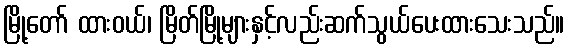
မြို့တော် ထားဝယ်၊ မြိတ်မြို့များနှင့်လည်းဆက်သွယ်ပေးထားသေးသည်။